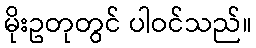
မိုးဥတုတွင် ပါဝင်သည်။